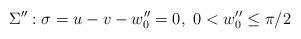
LaTeX: \begin{align*}\Sigma '': \sigma = u-v-w''_{0}=0, ~0<w''_{0}\leq \pi /2 \end{align*}